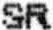
SR